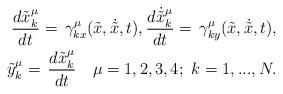
LaTeX: \begin{align*} \frac{d\tilde{x}^\mu_k}{dt}=\,\gamma^\mu_{kx}(\tilde{x},\dot{\tilde{x}},t), \frac{d\dot{\tilde{x}}^\mu_k}{dt}=\,\gamma^\mu_{ky}(\tilde{x},\dot{\tilde{x}},t),\\ {\tilde{y}}^\mu_k =\,\frac{d\tilde{x}^\mu_k}{dt}\quad\mu=1,2,3,4;\,\,k=1,...,N. \end{align*}